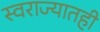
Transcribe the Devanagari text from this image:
स्वराज्यातही